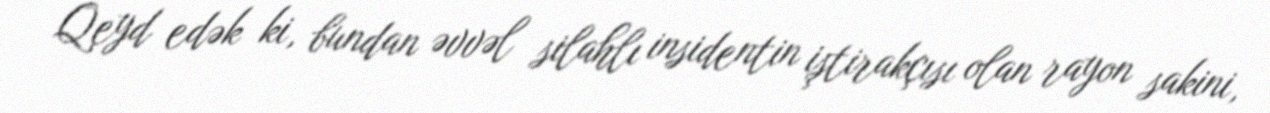
Qeyd edək ki, bundan əvvəl silahlı insidentin iştirakçısı olan rayon sakini,